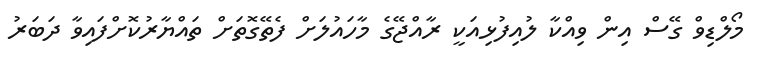
މޯލްޑިވް ގޭސް އިން ވިއްކާ ލުއިފުޅިއަކީ ރާއްޖޭގެ މާހައުލަށް ފެތޭގޮތަށް ތައްޔާރުކޮށްފައިވާ ދަބަރު